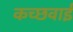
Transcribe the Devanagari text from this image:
कच्छवाई